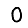
Digit: 0